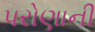
પરોણાની